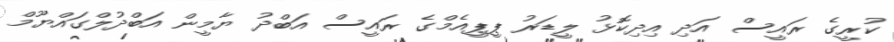
ކުރީގެ ރައީސް އަދި އިދިކޮޅު ލީޑަރު ޕީޕީއެމްގެ ރައީސް އަބްދު ޔާމީން އަބްދުލްގައްޔޫމް